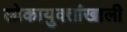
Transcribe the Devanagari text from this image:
लोकायुक्तांखाली